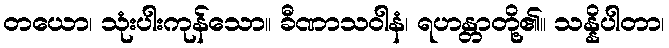
တယော၊ သုံးပါးကုန်သော။ ခီဏာသဝါနံ၊ ရဟန္တာတို့၏။ သန္နိပါတာ၊